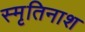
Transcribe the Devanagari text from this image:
स्मृतिनाश